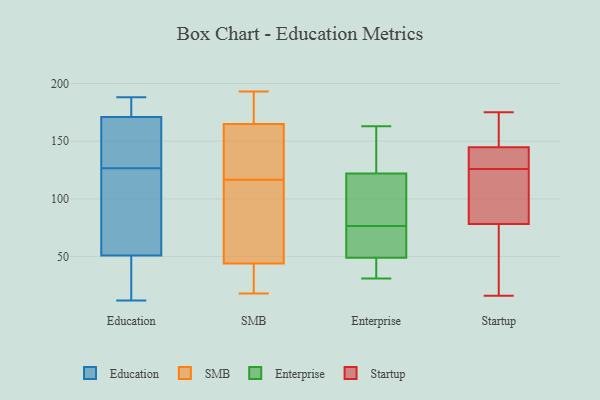
{"axis": {"x": "Operating Costs (USD K)", "y": "Value"}, "legend": ["Education", "Enterprise", "SMB", "Startup"], "data": [{"x": "", "y": 72, "type": "Education"}, {"x": "", "y": 134, "type": "Education"}, {"x": "", "y": 124, "type": "Education"}, {"x": "", "y": 12, "type": "Education"}, {"x": "", "y": 177, "type": "Education"}, {"x": "", "y": 173, "type": "Education"}, {"x": "", "y": 52, "type": "Education"}, {"x": "", "y": 177, "type": "Education"}, {"x": "", "y": 50, "type": "Education"}, {"x": "", "y": 172, "type": "Education"}, {"x": "", "y": 32, "type": "Education"}, {"x": "", "y": 58, "type": "Education"}, {"x": "", "y": 140, "type": "Education"}, {"x": "", "y": 37, "type": "Education"}, {"x": "", "y": 125, "type": "Education"}, {"x": "", "y": 128, "type": "Education"}, {"x": "", "y": 168, "type": "Education"}, {"x": "", "y": 14, "type": "Education"}, {"x": "", "y": 170, "type": "Education"}, {"x": "", "y": 188, "type": "Education"}, {"x": "", "y": 188, "type": "SMB"}, {"x": "", "y": 182, "type": "SMB"}, {"x": "", "y": 193, "type": "SMB"}, {"x": "", "y": 99, "type": "SMB"}, {"x": "", "y": 28, "type": "SMB"}, {"x": "", "y": 120, "type": "SMB"}, {"x": "", "y": 18, "type": "SMB"}, {"x": "", "y": 125, "type": "SMB"}, {"x": "", "y": 150, "type": "SMB"}, {"x": "", "y": 113, "type": "SMB"}, {"x": "", "y": 30, "type": "SMB"}, {"x": "", "y": 74, "type": "SMB"}, {"x": "", "y": 127, "type": "SMB"}, {"x": "", "y": 172, "type": "SMB"}, {"x": "", "y": 22, "type": "SMB"}, {"x": "", "y": 44, "type": "SMB"}, {"x": "", "y": 61, "type": "SMB"}, {"x": "", "y": 165, "type": "SMB"}, {"x": "", "y": 36, "type": "Enterprise"}, {"x": "", "y": 54, "type": "Enterprise"}, {"x": "", "y": 67, "type": "Enterprise"}, {"x": "", "y": 35, "type": "Enterprise"}, {"x": "", "y": 122, "type": "Enterprise"}, {"x": "", "y": 158, "type": "Enterprise"}, {"x": "", "y": 41, "type": "Enterprise"}, {"x": "", "y": 56, "type": "Enterprise"}, {"x": "", "y": 133, "type": "Enterprise"}, {"x": "", "y": 103, "type": "Enterprise"}, {"x": "", "y": 163, "type": "Enterprise"}, {"x": "", "y": 103, "type": "Enterprise"}, {"x": "", "y": 73, "type": "Enterprise"}, {"x": "", "y": 49, "type": "Enterprise"}, {"x": "", "y": 138, "type": "Enterprise"}, {"x": "", "y": 80, "type": "Enterprise"}, {"x": "", "y": 31, "type": "Enterprise"}, {"x": "", "y": 95, "type": "Enterprise"}, {"x": "", "y": 16, "type": "Startup"}, {"x": "", "y": 142, "type": "Startup"}, {"x": "", "y": 126, "type": "Startup"}, {"x": "", "y": 107, "type": "Startup"}, {"x": "", "y": 138, "type": "Startup"}, {"x": "", "y": 138, "type": "Startup"}, {"x": "", "y": 121, "type": "Startup"}, {"x": "", "y": 154, "type": "Startup"}, {"x": "", "y": 45, "type": "Startup"}, {"x": "", "y": 91, "type": "Startup"}, {"x": "", "y": 175, "type": "Startup"}, {"x": "", "y": 147, "type": "Startup"}, {"x": "", "y": 52, "type": "Startup"}, {"x": "", "y": 82, "type": "Startup"}, {"x": "", "y": 144, "type": "Startup"}, {"x": "", "y": 164, "type": "Startup"}, {"x": "", "y": 67, "type": "Startup"}]}